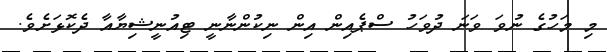
މި މަހުގެ ނުވަ ވަނަ ދުވަހު ސްޕެއިން އިން ނިކުންނާނީ ޓިއުނީޝިޔާއާ ދެކޮޅަށެވެ.